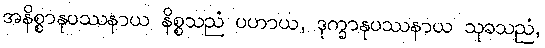
အနိစ္စာနုပဿနာယ နိစ္စသညံ ပဟာယ, ဒုက္ခာနုပဿနာယ သုခသညံ,